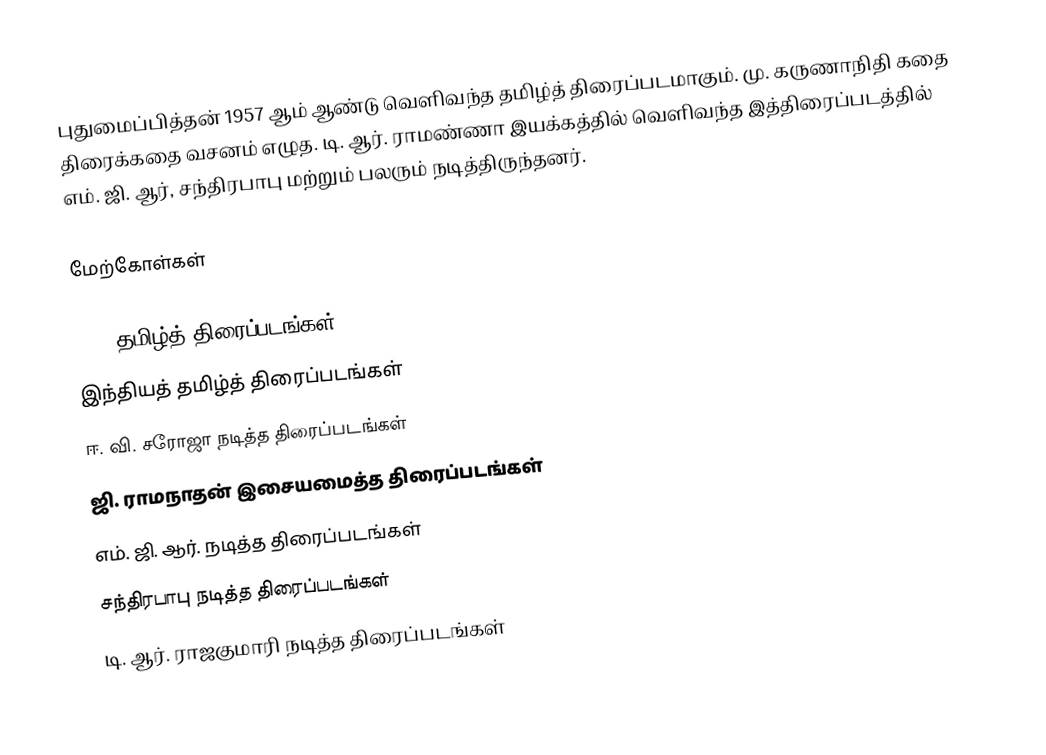
புதுமைப்பித்தன் 1957 ஆம் ஆண்டு வெளிவந்த தமிழ்த் திரைப்படமாகும்.  மு. கருணாநிதி கதை திரைக்கதை வசனம் எழுத. டி. ஆர். ராமண்ணா இயக்கத்தில் வெளிவந்த இத்திரைப்படத்தில் எம். ஜி. ஆர், சந்திரபாபு மற்றும் பலரும் நடித்திருந்தனர்.

மேற்கோள்கள்

1957 தமிழ்த் திரைப்படங்கள்
இந்தியத் தமிழ்த் திரைப்படங்கள்
ஈ. வி. சரோஜா நடித்த திரைப்படங்கள்
ஜி. ராமநாதன் இசையமைத்த திரைப்படங்கள்
எம். ஜி. ஆர். நடித்த திரைப்படங்கள்
சந்திரபாபு நடித்த திரைப்படங்கள்
டி. ஆர். ராஜகுமாரி நடித்த திரைப்படங்கள்